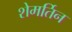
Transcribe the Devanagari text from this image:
शेमर्तिन